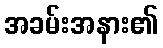
အခမ်းအနား၏